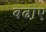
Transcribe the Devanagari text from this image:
बढा़ए